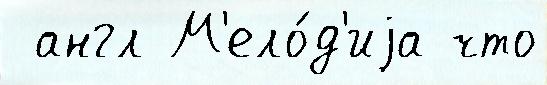
 англ М'ело́д'иjа что